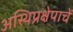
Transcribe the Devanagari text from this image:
अस्थिप्रक्षेपाचें